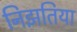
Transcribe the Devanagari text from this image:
निझतिया